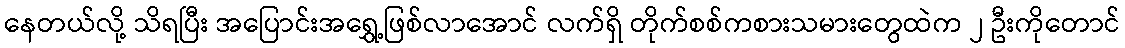
နေတယ်လို့ သိရပြီး အပြောင်းအရွှေ့ဖြစ်လာအောင် လက်ရှိ တိုက်စစ်ကစားသမားတွေထဲက ၂ ဦးကိုတောင်